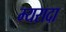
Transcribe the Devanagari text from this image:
म्यरादा